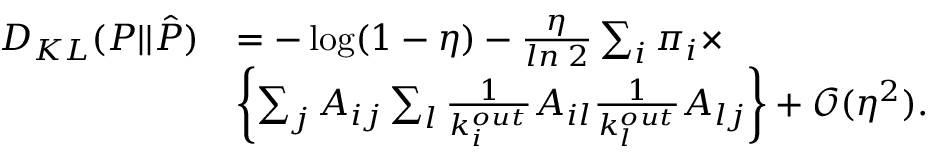
\begin{array} { r l } { D _ { K L } ( P | | \hat { P } ) } & { = - \log ( 1 - \eta ) - \frac { \eta } { l n \; 2 } \sum _ { i } \pi _ { i } \times } \\ & { \left\{ \sum _ { j } A _ { i j } \sum _ { l } \frac { 1 } { k _ { i } ^ { o u t } } A _ { i l } \frac { 1 } { k _ { l } ^ { o u t } } A _ { l j } \right\} + \mathcal { O } ( \eta ^ { 2 } ) . } \end{array}